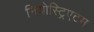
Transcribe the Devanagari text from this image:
नियोस्ट्रिएटम